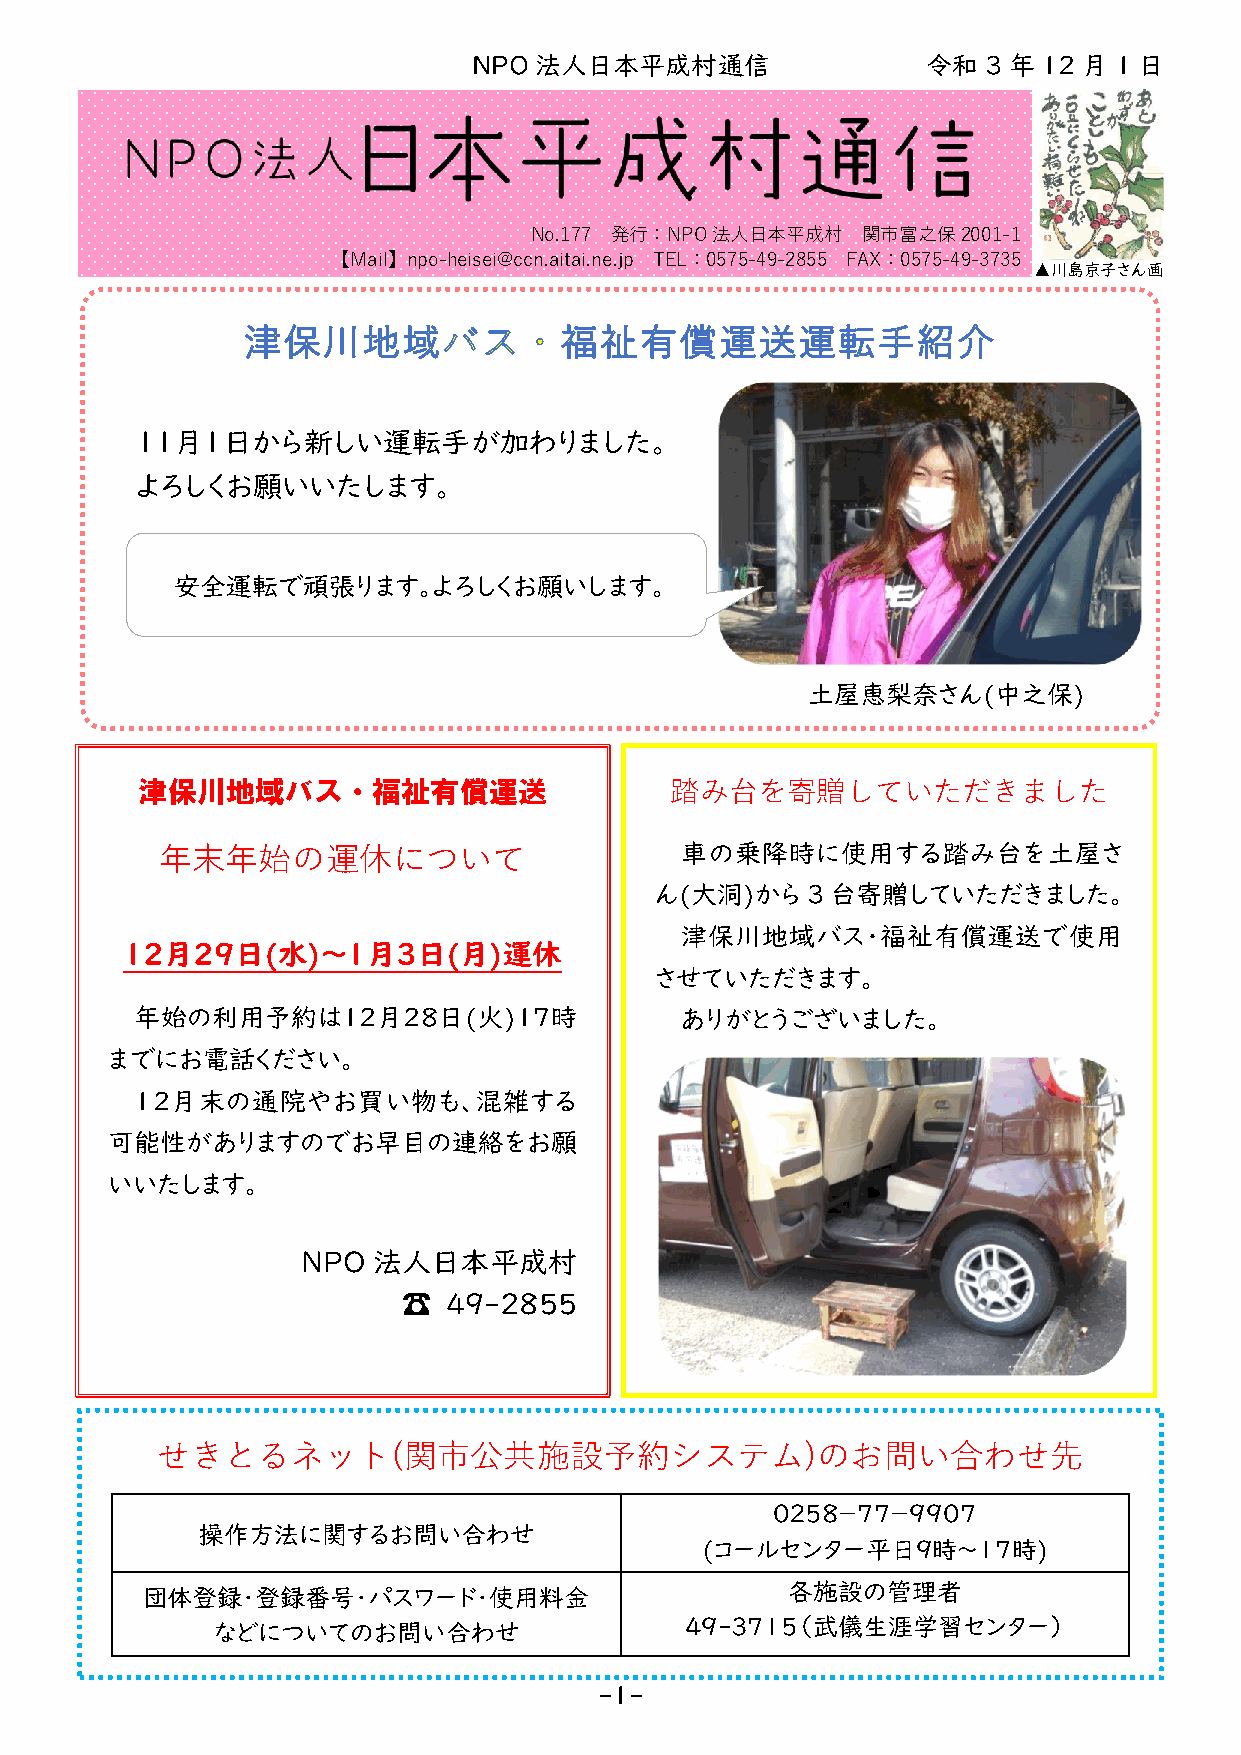
NPO 法人日本平成村通信                 令和  3 年 12 月 1 日
 No.177 発行：NPO法人日本平成村  関市富之保2001-1
 【Mail】npo-heisei@ccn.aitai.ne.jp TEL：0575-49-2855 FAX：0575-49-3735
 ▲川島京子さん画
 １１月１日から新しい運転手が加わりました。
 よろしくお願いいたします。
 安全運転で頑張ります。よろしくお願いします。
 土屋恵梨奈さん(中之保)
 津保川地域バス・福祉有償運送                     踏み台を寄贈していただきました
 年末年始の運休について                       車の乗降時に使用する踏み台を土屋さ
 ん(大洞)から3台寄贈していただきました。
 津保川地域バス・福祉有償運送で使用
 １２月２９日(水)～１月３日(月)運休
 させていただきます。
 年始の利用予約は１２月２８日(火)１７時                ありがとうございました。
 までにお電話ください。
 １２月末の通院やお買い物も、混雑する
 可能性がありますのでお早目の連絡をお願
 いいたします。
 NPO  法人日本平成村
 ☎ 49-2855
 せきとるネット(関市公共施設予約システム)のお問い合わせ先
 ０２５８－７７－９９０７
 操作方法に関するお問い合わせ
 (コールセンター平日９時～１７時)
 団体登録・登録番号・パスワード・使用料金                       各施設の管理者
 などについてのお問い合わせ                  49-3715（武儀生涯学習センター）
 -1-